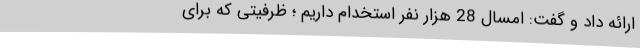
ارائه داد و گفت: امسال 28 هزار نفر استخدام داریم ؛ ظرفیتی که برای